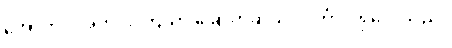
အောက်ပါအတိုင်း ကြိယာ ခြောက်ဆယ် လင်္ကာပါရှိလေသည်။